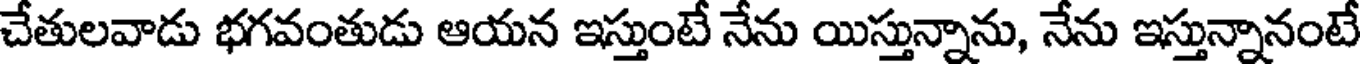
చేతులవాడు భగవంతుడు ఆయన ఇస్తుంటే నేను యిస్తున్నాను, నేను ఇస్తున్నానంటే